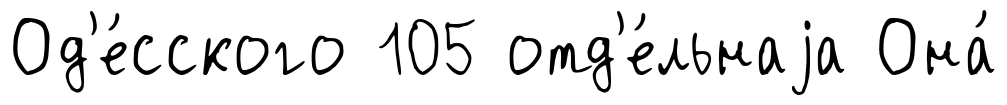
Од'е́сского 105 отд'е́льнаjа Она́